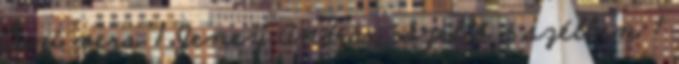
Őszi vers 1 Jeney András Szellő a szélben 1